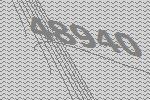
48940